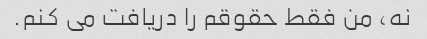
نه، من فقط حقوقم را دریافت می کنم.